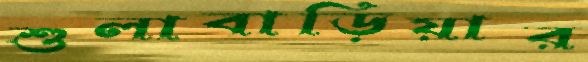
শুলাবাড়িয়ার